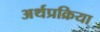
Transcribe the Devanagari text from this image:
अर्थप्रक्रिया